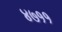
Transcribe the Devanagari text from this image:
४७११